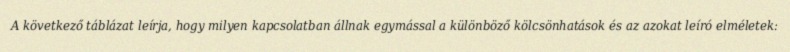
A következő táblázat leírja, hogy milyen kapcsolatban állnak egymással a különböző kölcsönhatások és az azokat leíró elméletek: